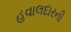
હવાલદારની